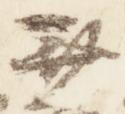
無